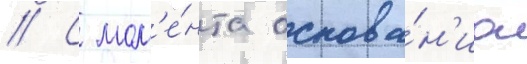
// С мом'е́нта основа́н'иа